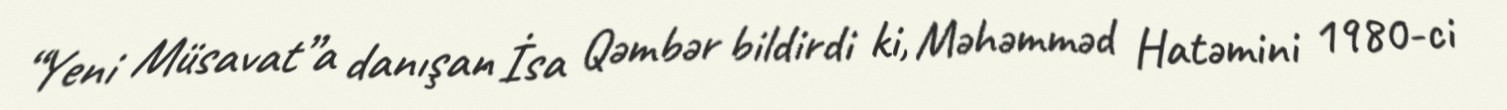
“Yeni Müsavat”a danışan İsa Qəmbər bildirdi ki, Məhəmməd Hatəmini 1980-ci